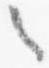
之